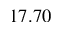
1 7 . 7 0